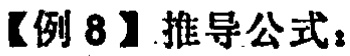
【例 8】推导公式：